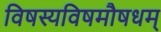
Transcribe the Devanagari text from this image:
विषस्यविषमौषधम्‌